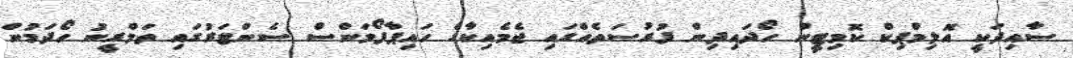
ސާއިދަކީ އޮލިމްޕިކް ކޮމިޓީން ހޯދައިދިން ފުރުސަތެއްގައި ޖެމެއިކާގެ ހައިޕާފޯމަންސް ސެންޓަރުގައި ތަމްރީނު ހޯދަމުން